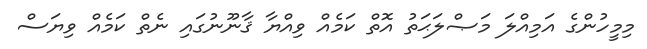
މިމީހުންގެ އަމިއްލަ މަޞްލަޙަތު އޮތް ކަމެއް ވިއްޔާ ޤާނޫނުގައި ނެތް ކަމެއް ވިޔަސް